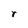
Character: r